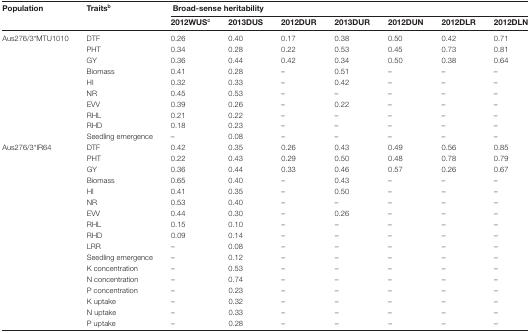
<table><thead><tr><td rowspan="2"><b>Population</b></td><td rowspan="2"><b>Traits<sup>b</sup></b></td><td colspan="6"><b>Broad-sense heritability</b></td><td></td></tr><tr><td><b>2012WUS<sup>c</sup></b></td><td><b>2013DUS</b></td><td><b>2012DUR</b></td><td><b>2013DUR</b></td><td><b>2012DUN</b></td><td><b>2012DLR</b></td><td><b>2012DLN</b></td></tr></thead><tbody><tr><td rowspan="3">Aus276/3*MTU1010</td><td>DTF</td><td>0.26</td><td>0.40</td><td>0.17</td><td>0.38</td><td>0.50</td><td>0.42</td><td>0.71</td></tr><tr><td>PHT</td><td>0.34</td><td>0.28</td><td>0.22</td><td>0.53</td><td>0.45</td><td>0.73</td><td>0.81</td></tr><tr><td>GY</td><td>0.36</td><td>0.44</td><td>0.42</td><td>0.34</td><td>0.50</td><td>0.38</td><td>0.64</td></tr><tr><td></td><td>Biomass</td><td>0.41</td><td>0.28</td><td>–</td><td>0.51</td><td>–</td><td>–</td><td>–</td></tr><tr><td></td><td>HI</td><td>0.32</td><td>0.33</td><td>–</td><td>0.42</td><td>–</td><td>–</td><td>–</td></tr><tr><td></td><td>NR</td><td>0.45</td><td>0.53</td><td>–</td><td>–</td><td>–</td><td>–</td><td>–</td></tr><tr><td></td><td>EVV</td><td>0.39</td><td>0.26</td><td>–</td><td>0.22</td><td>–</td><td>–</td><td>–</td></tr><tr><td></td><td>RHL</td><td>0.21</td><td>0.22</td><td>–</td><td>–</td><td>–</td><td>–</td><td>–</td></tr><tr><td></td><td>RHD</td><td>0.18</td><td>0.23</td><td>–</td><td>–</td><td>–</td><td>–</td><td>–</td></tr><tr><td></td><td>Seedling emergence</td><td>–</td><td>0.08</td><td>–</td><td>–</td><td>–</td><td>–</td><td>–</td></tr><tr><td rowspan="3">Aus276/3*IR64</td><td>DTF</td><td>0.42</td><td>0.35</td><td>0.26</td><td>0.43</td><td>0.49</td><td>0.56</td><td>0.85</td></tr><tr><td>PHT</td><td>0.22</td><td>0.43</td><td>0.29</td><td>0.50</td><td>0.48</td><td>0.78</td><td>0.79</td></tr><tr><td>GY</td><td>0.36</td><td>0.44</td><td>0.33</td><td>0.46</td><td>0.57</td><td>0.26</td><td>0.67</td></tr><tr><td></td><td>Biomass</td><td>0.65</td><td>0.40</td><td>–</td><td>0.43</td><td>–</td><td>–</td><td>–</td></tr><tr><td></td><td>HI</td><td>0.41</td><td>0.35</td><td>–</td><td>0.50</td><td>–</td><td>–</td><td>–</td></tr><tr><td></td><td>NR</td><td>0.53</td><td>0.40</td><td>–</td><td>–</td><td>–</td><td>–</td><td>–</td></tr><tr><td></td><td>EVV</td><td>0.44</td><td>0.30</td><td>–</td><td>0.26</td><td>–</td><td>–</td><td>–</td></tr><tr><td></td><td>RHL</td><td>0.15</td><td>0.10</td><td>–</td><td>–</td><td>–</td><td>–</td><td>–</td></tr><tr><td></td><td>RHD</td><td>0.09</td><td>0.14</td><td>–</td><td>–</td><td>–</td><td>–</td><td>–</td></tr><tr><td></td><td>LRR</td><td>–</td><td>0.08</td><td>–</td><td>–</td><td>–</td><td>–</td><td>–</td></tr><tr><td></td><td>Seedling emergence</td><td>–</td><td>0.12</td><td>–</td><td>–</td><td>–</td><td>–</td><td>–</td></tr><tr><td></td><td>K concentration</td><td>–</td><td>0.53</td><td>–</td><td>–</td><td>–</td><td>–</td><td>–</td></tr><tr><td></td><td>N concentration</td><td>–</td><td>0.74</td><td>–</td><td>–</td><td>–</td><td>–</td><td>–</td></tr><tr><td></td><td>P concentration</td><td>–</td><td>0.23</td><td>–</td><td>–</td><td>–</td><td>–</td><td>–</td></tr><tr><td></td><td>K uptake</td><td>–</td><td>0.32</td><td>–</td><td>–</td><td>–</td><td>–</td><td>–</td></tr><tr><td></td><td>N uptake</td><td>–</td><td>0.33</td><td>–</td><td>–</td><td>–</td><td>–</td><td>–</td></tr><tr><td></td><td>P uptake</td><td>–</td><td>0.28</td><td>–</td><td>–</td><td>–</td><td>–</td><td>–</td></tr></tbody></table>